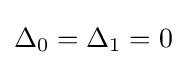
\Delta _{0}=\Delta _{1}=0